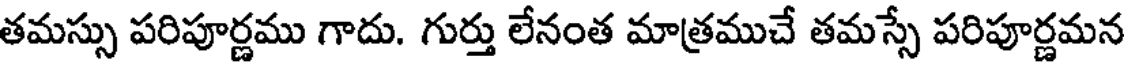
తమస్సు పరిపూర్ణము గాదు. గుర్తు లేనంత మాత్రముచే తమస్సే పరిపూర్ణమన